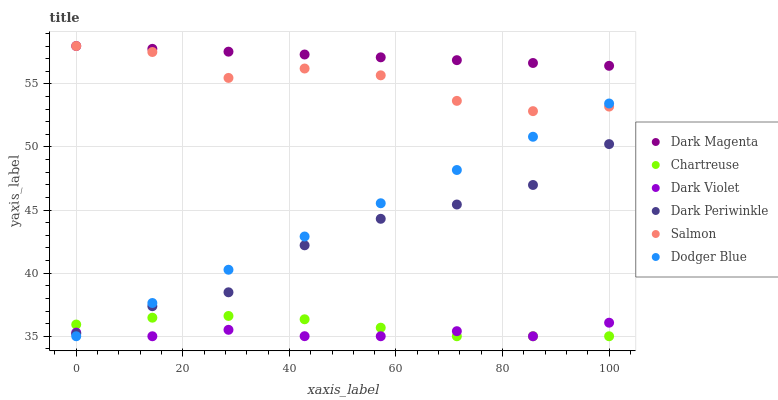
| xaxis_label | Dark Magenta | Chartreuse | Dark Violet | Dark Periwinkle | Salmon | Dodger Blue |
 | --- | --- | --- | --- | --- | --- | --- |
 | 0 | 58 | 35.9 | 35.3 | 35.2 | 58 | 35 |
 | 14.3 | 57.8 | 36.5 | 35 | 37.4 | 57.5 | 37.6 |
 | 28.6 | 57.6 | 36.6 | 35.5 | 38.5 | 55.5 | 40.3 |
 | 42.9 | 57.3 | 36.3 | 35 | 42.2 | 56.2 | 42.9 |
 | 57.1 | 57.1 | 35.7 | 35 | 44.3 | 55.7 | 45.5 |
 | 71.4 | 56.9 | 35 | 35.4 | 45.4 | 53.7 | 48.2 |
 | 85.7 | 56.7 | 35 | 35 | 47 | 52.8 | 50.8 |
 | 100 | 56.4 | 35 | 36.1 | 50.2 | 53.2 | 53.4 |